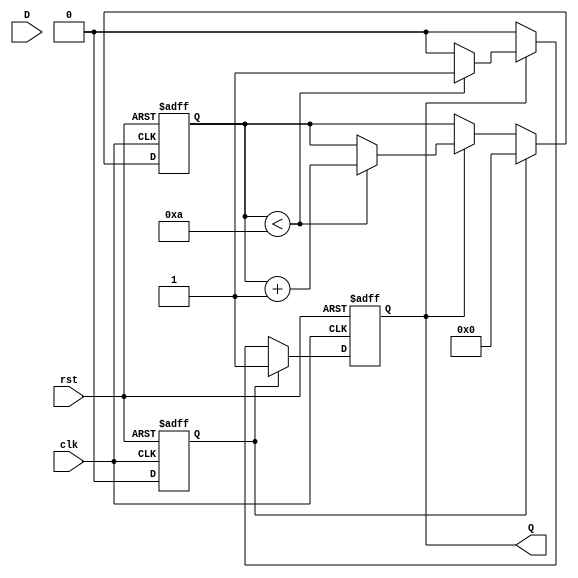
module MonostableEdgeDetector #(
    parameter EDGE_TYPE = 2'b11, // 2'b00: None, 2'b01: Rising, 2'b10: Falling, 2'b11: Both
    parameter PULSE_WIDTH = 10    // Pulse width in clock cycles
)(
    input wire clk,               // Clock signal
    input wire rst,               // Reset signal
    input wire D,                 // Input signal
    output reg Q                  // Output pulse
);

    // Internal registers
    reg [1:0] state;              // Current state of the input signal
    reg [3:0] pulse_counter;      // Counter for generating pulse width
    reg edge_detected;            // Edge detection flag

    // State encoding
    localparam LOW = 1'b0;
    localparam HIGH = 1'b1;

    // Edge detection logic
    always @(posedge clk or posedge rst) begin
        if (rst) begin
            state <= LOW;
            Q <= 1'b0;
            pulse_counter <= 0;
            edge_detected <= 1'b0;
        end else begin
            // Detect edges based on the selected edge type
            case (EDGE_TYPE)
                2'b01: // Rising edge
                    if (D == HIGH && state == LOW) begin
                        edge_detected <= 1'b1;
                    end
                2'b10: // Falling edge
                    if (D == LOW && state == HIGH) begin
                        edge_detected <= 1'b1;
                    end
                2'b11: // Both edges
                    if ((D == HIGH && state == LOW) || (D == LOW && state == HIGH)) begin
                        edge_detected <= 1'b1;
                    end
                default: edge_detected <= 1'b0;
            endcase
            
            // Update the state
            state <= D;

            // Pulse generation logic
            if (edge_detected) begin
                Q <= 1'b1; // Generate pulse
                pulse_counter <= 0; // Reset counter
            end else if (Q) begin
                if (pulse_counter < PULSE_WIDTH) begin
                    pulse_counter <= pulse_counter + 1;
                end else begin
                    Q <= 1'b0; // End pulse after defined width
                end
            end
            
            edge_detected <= 1'b0; // Reset edge detected flag
        end
    end
endmodule